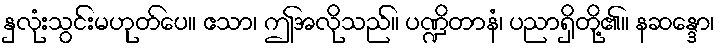
နှလုံးသွင်းမဟုတ်ပေ။ ဧသာ၊ ဤအလိုသည်။ ပဏ္ဍိတာနံ၊ ပညာရှိတို့၏။ နဆန္ဒော၊